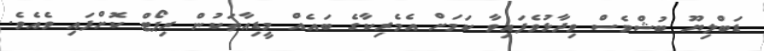
ޑަބްލިޔޫ ބުޝްވެސް ވިދާޅުވެފައިވާ ކަމަށް އެމެރިކާގެ ބައެއް މީޑިއާތަކުން ރިޕޯޓް ކޮށްފައި ވެއެވެ.